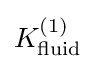
K_{\mathrm {fluid} }^{(1)}